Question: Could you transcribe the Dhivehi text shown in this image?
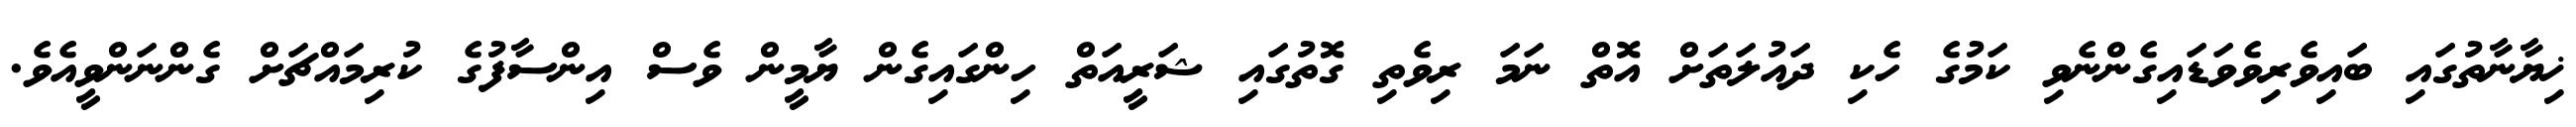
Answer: ޚިޔާނާތުގައި ބައިވެރިވެވަޑައިގެންނެވި ކަމުގެ ހެކި ދައުލަތަށް އޮތް ނަމަ ރިވެތި ގޮތުގައި ޝަރީއަތް ހިންގައިގެން ޔާމީން ވެސް އިންސާފުގެ ކުރިމައްޗަށް ގެންނަންވީއެވެ.